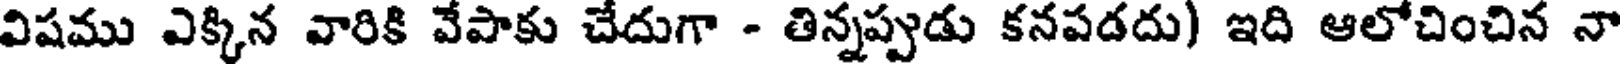
విషము ఎక్కిన వారికి వేపాకు చేదుగా - తిన్నప్పుడు కనపడదు) ఇది ఆలోచించిన నా